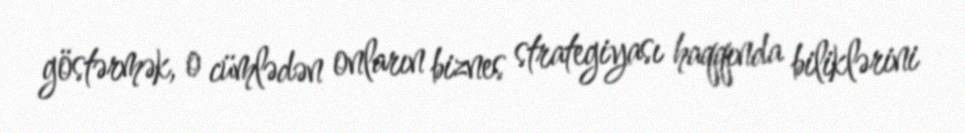
göstərmək, o cümlədən onların biznes strategiyası haqqında biliklərini